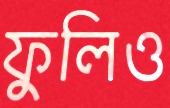
ফুলিও